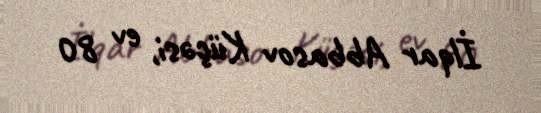
İlqar Abbasov Küçəsi, ev 80